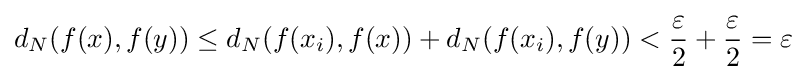
d_{N}(f(x),f(y))\leq d_{N}(f(x_{i}),f(x))+d_{N}(f(x_{i}),f(y))<{\frac {\varepsilon }{2}}+{\frac {\varepsilon }{2}}=\varepsilon